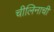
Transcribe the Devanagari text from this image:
चीलिनाची